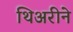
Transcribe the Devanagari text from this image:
थिअरीने